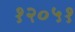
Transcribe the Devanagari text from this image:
१२०५१